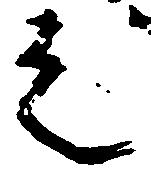
之